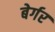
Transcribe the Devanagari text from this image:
बेर्गर